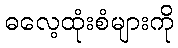
ဓလေ့ထုံးစံများကို